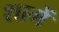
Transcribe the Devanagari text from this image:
शामें